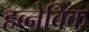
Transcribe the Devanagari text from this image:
हव्नेविक